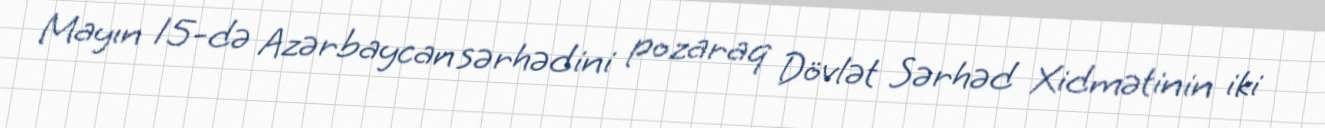
Mayın 15-də Azərbaycan sərhədini pozaraq Dövlət Sərhəd Xidmətinin iki